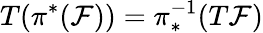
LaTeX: T(\pi^{*}({\mathcal F}))=\pi_{*}^{-1}(T{\mathcal F})